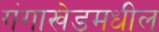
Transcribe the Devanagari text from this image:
गंगाखेडमधील